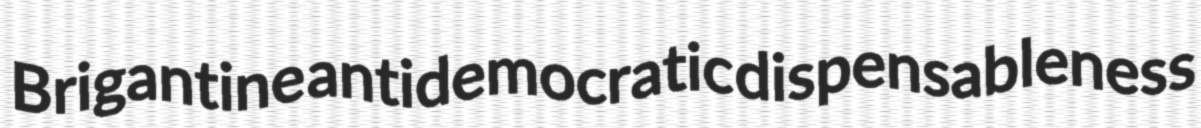
Brigantine antidemocratic dispensableness